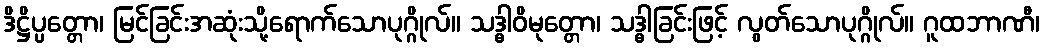
ဒိဋ္ဌိပ္ပတ္တော၊ မြင်ခြင်းအဆုံးသို့ရောက်သောပုဂ္ဂိုလ်။ သဒ္ဓါဝိမုတ္တော၊ သဒ္ဓါခြင်းဖြင့် လွတ်သောပုဂ္ဂိုလ်။ ဂူထဘာဏီ၊